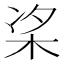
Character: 𪲁